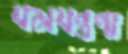
যমযন্ত্রণা